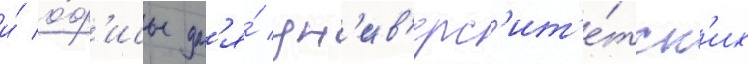
и́ о́ф'исы дл'я́ ун'ив'ерс'ит'е́тск'их